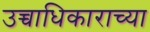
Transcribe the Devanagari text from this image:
उच्चाधिकाराच्या